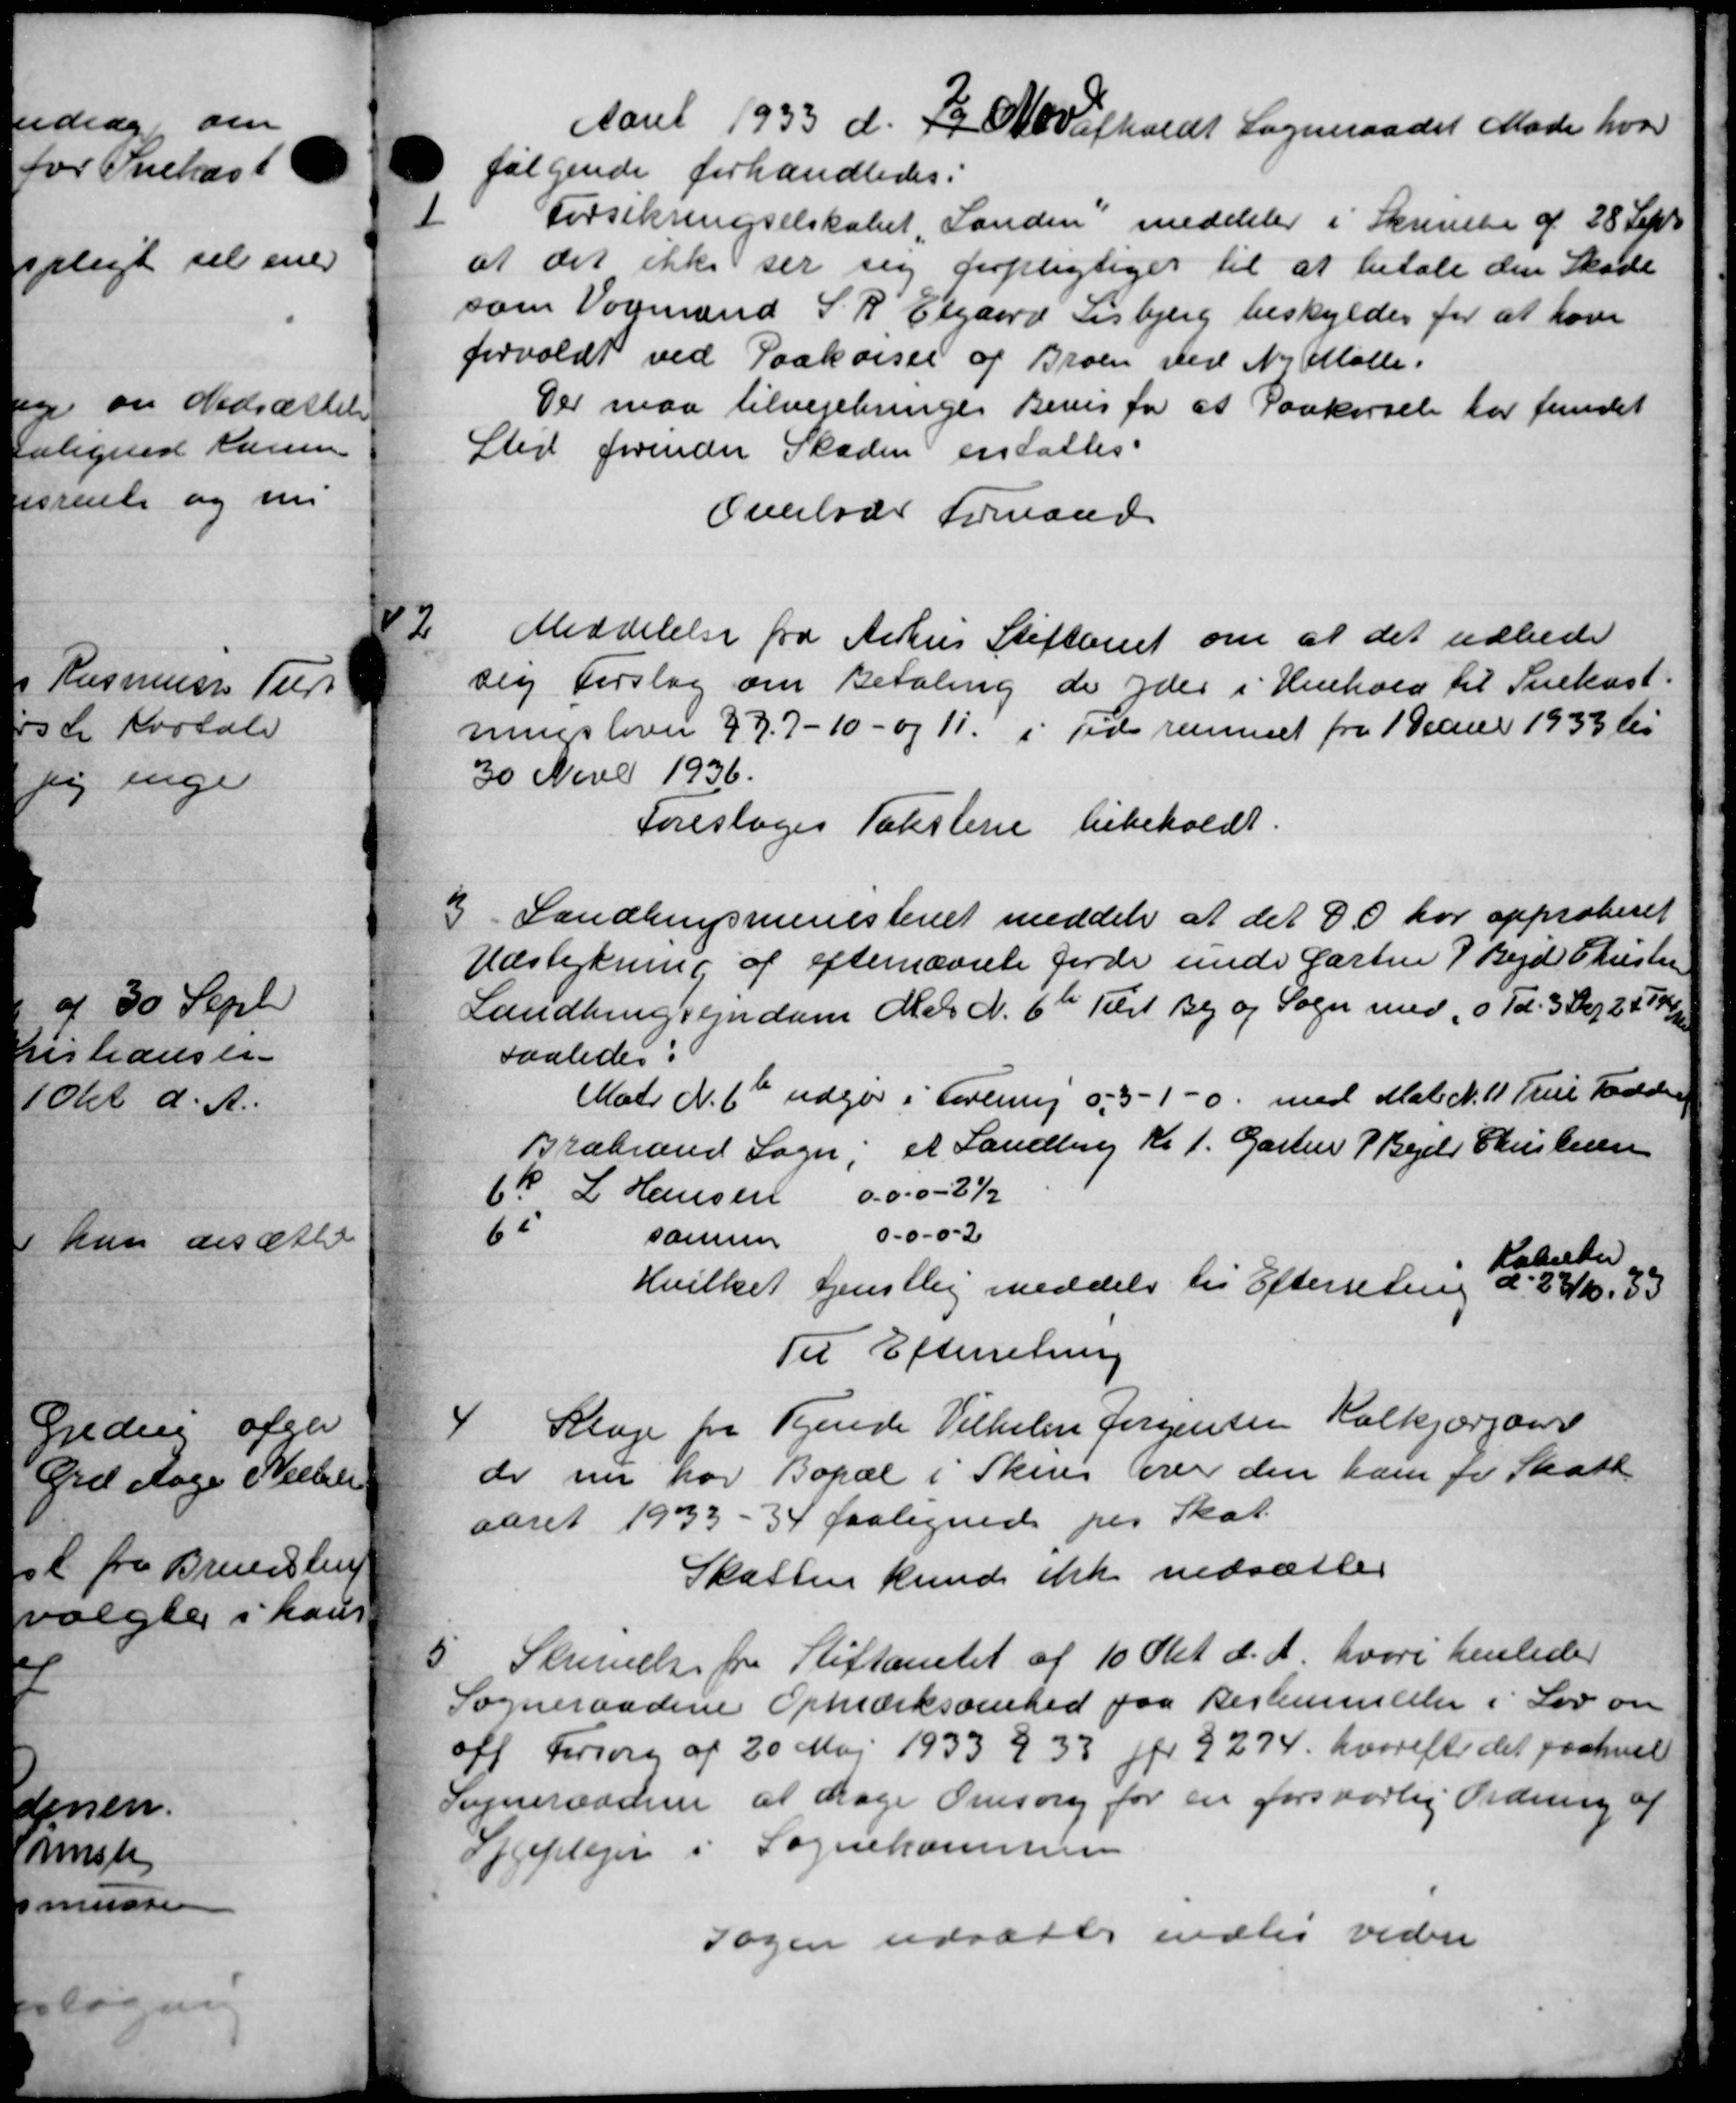
Transskription:
Aaret 1933 d. F. Olafholdt Sogneraadet Møde hvor
følgende forhandledes:
1
Forsikringselskabet, Landen meddeler i Skrivelse af 28 Sept
at det ikke ser sig forpligtiges til at betale den Skøde
som Vogmand S. R. Elgaard Lisbjerg beskyldes for at haver
forvoldt ved Paakørsel af Broen ved N. Mølle.
Der maa tilvejebringer Bevis for at Paakørsel for fundet
Sted forender Skaden erstattes.
Overlodes Formand
2
sig Forslag om Betaling de yder i Henhold til Snekast-
ningslover 277-10- og 11 i Tidsrummet fra 1 Janur 1933 til
30 Nove 1936.
Foresloges Taksterie bibeholdt.
3
Landbrugsministeriet meddeler at det da har approberet
Udstykning af efternævnte Jorde unde Gartner P Bejd Christensen
Landbrugsejendom Matr N. 6te Tilst By og Sogn med 10 Td. 3 Skr. 2474
saaledes:
Matr. N. 6b udgør i Forening og 3 -1-0. med Matr N. 11. True Fadden
Brabrand Sogn, et Landling Kr 1. Garten P. Beer Christensen
Fk L Hansen 000 - 21
62 samme 0.0-0-2
Hvilket tjenstlig meddeler til Efterretning d. 22/10 33
Kabelter
Til Efterretning
4
Klage fra Tjende Vilhelm Jørgensen Halkjærgaard
de nu har Bopæl i Sken over den ham for Skatt
aaret 1933 - 34 paalignede paa Skat.
Skatten kunde ikke nedsætter
5.
Skrivelse fra Stiftamtet af 10 Pkt. d. A. hvori henleder
Sogneraadene Opmærksomhed paa Restemmeller i Lov om
off Forsorg af 20 Maj 1933 § 33 fr § 274. hvorefter det paahvil
Sogneraadene at drage Omsorg for en forsvarlig Ordning af
Seplejer i Sognekommune
Sagen udsættes endles videre
Meddelelse fra Århus Stiftamt om at det udbede